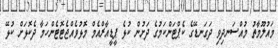
މައުލޫމާތު މުއްސަނދިވި ދަގަނޑޭގެ ކެޕްޓަންކަމުގެ ދަށުން ކުޅެ ޕީޑީއާރްއެމް މޮޅުވެއްޖެޓޮޓެންހަމާ ދެކޮޅަށް ކުޅޭ